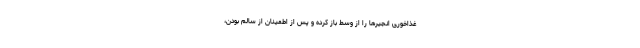
غذاخوری انجیر‌ها را از وسط باز کرده و پس از اطمینان از سالم بودن،